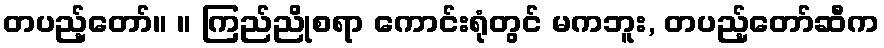
တပည့်တော်။ ။ ကြည်ညိုစရာ ကောင်းရုံတွင် မကဘူး, တပည့်တော်ဆီက